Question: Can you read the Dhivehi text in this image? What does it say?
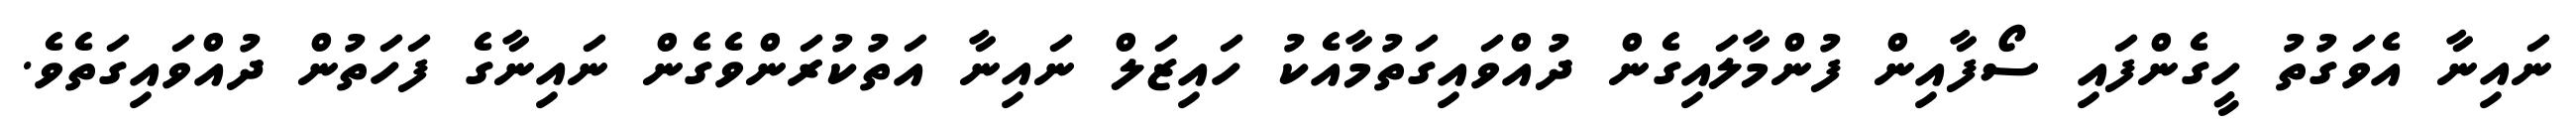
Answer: ނައިނާ އެވަގުތު ހީގެންފައި ސޯފާއިން ފުންމާލައިގެން ދުއްވައިގަތުމާއެކު ހައިޒަލް ނައިނާ އަތުކުރަންވެގެން ނައިނާގެ ފަހަތުން ދުއްވައިގަތެވެ.